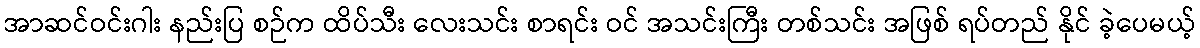
အာဆင်ဝင်းဂါး နည်းပြ စဉ်က ထိပ်သီး လေးသင်း စာရင်း ဝင် အသင်းကြီး တစ်သင်း အဖြစ် ရပ်တည် နိုင် ခဲ့ပေမယ့်